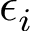
\epsilon _ { i }